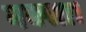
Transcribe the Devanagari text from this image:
नक्शा।